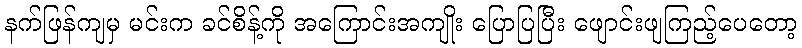
နက်ဖြန်ကျမှ မင်းက ခင်စိန့်ကို အကြောင်းအကျိုး ပြောပြပြီး ဖျောင်းဖျကြည့်ပေတော့